Report on the working of the Ranchi Indian Mental Hospital, Kanke, in Bihar and Orissa - 1930-1940
Year: 1930
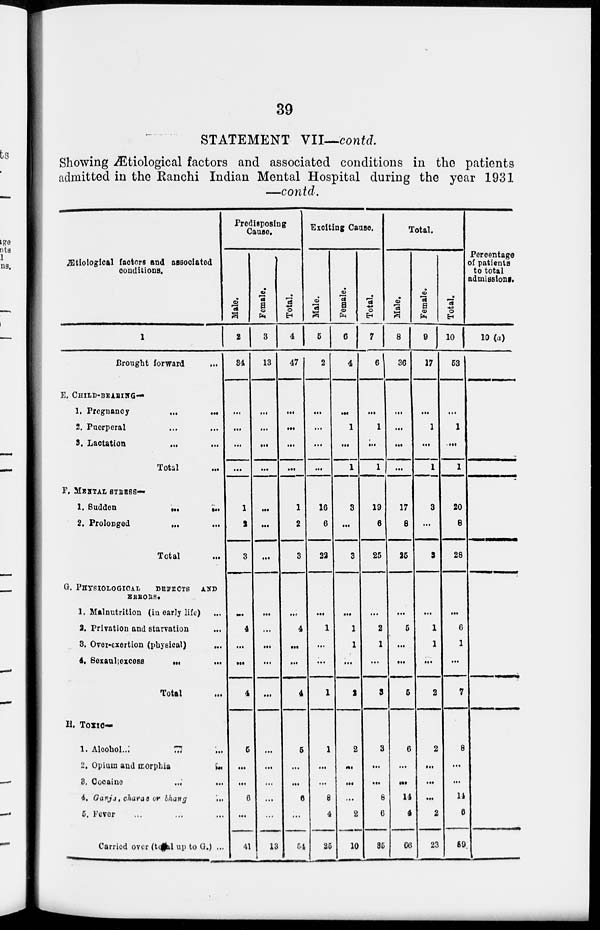
39
STATEMENT VII—contd.
Showing Ætiological factors and associated conditions in the patients
admitted in the Ranchi Indian Mental Hospital during the year 1931
—contd.
Ætiological factors and associated
conditions.
1
Brought forward ...
E. CHILD-BEARING—
1. Pregnancy
...
...
2. Puerperal ... ...
3. Lactation ... ...
Total ...
F. MENTAL STRESS—
1. Sudden
...
...
2. Prolonged
... ...
Total ...
G. PHYSICLOGICAL
OBJECTS AND
ERRORS.
1. Malnutrition (in early life) ...
2. Privation and starvation ...
3. Over-exertion (physical) ...
4. Sexaul excess
... ...
Total ...
H. Toxic—
1. Alcohol...
...
...
2. Opium and morphia
...
3. Cocaine
... ...
4. Ganja, charas or bhang ...
5. Fever ... ... ...
Carried over (to al up to G.) ...
Predisposing
Cause.
Male.
2
34
...
...
...
...
1
1
3
...
4
...
...
4
6
...
...
6
...
41
Female.
3
13
...
...
...
...
...
...
...
...
...
...
...
...
...
...
...
...
...
13
Total.
4
47
...
...
...
...
1
2
3
...
4
...
...
4
6
...
...
6
...
54
Exciting Cause.
Male.
5
2
...
...
...
...
16
6
22
...
1
...
...
1
1
...
...
8
4
25
Female.
6
4
...
1
...
1
3
...
3
...
1
1
...
2
2
...
...
...
2
10
Total.
7
6
...
1
...
1
19
6
25
...
2
1
...
3
3
...
...
8
6
35
Total.
Male.
8
36
...
...
...
...
17
8
25
...
5
...
...
5
6
...
...
14
4
66
Female.
9
17
...
1
...
1
3
...
3
...
1
1
...
2
2
...
...
...
2
23
Total.
10
53
...
1
...
1
20
8
28
...
6
1
...
7
8
...
...
14
6
59
Percentage
of patients
to total
admission.
10(a)